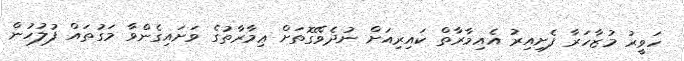
ހަވީރު މުޒާހަރާ ފެށިއިރު އެއިމާރާތް ކައިރިއަށް ނުދެވޭގޮތަށް ޢިމާރާތުގެ ވަށައިގެންވާ މަގުތައް ފުލުހުން